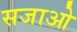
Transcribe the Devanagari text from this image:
सजाओ